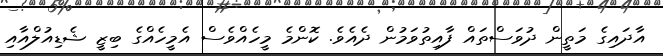
އާދައިގެ މަތީން ދުވަސްތައް ފާއިތުވަމުން ދެއެވެ. ކޮންމެ މީހެއްވެސް އެމީހެއްގެ ބިޒީ ޝެޑިއުލްއާއި